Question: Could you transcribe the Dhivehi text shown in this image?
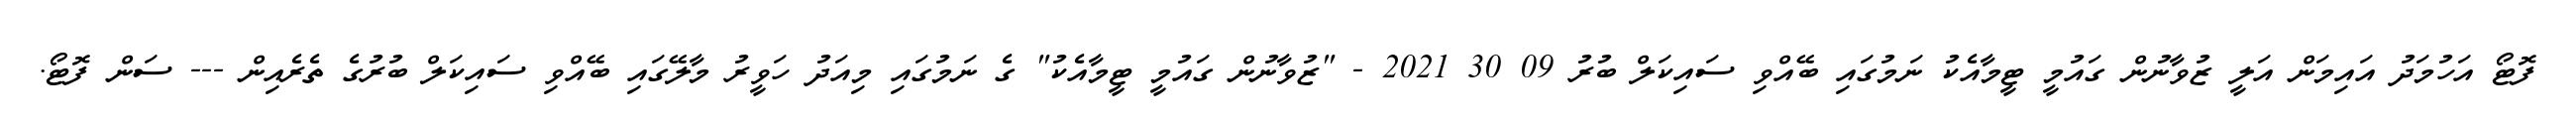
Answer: ފޮޓޯ އަހުމަދު އައިމަން އަލީ ޒުވާނުން ގައުމީ ޓީމާއެކު ނަމުގައި ބޭއްވި ސައިކަލް ބުރު 09 30 2021 - "ޒުވާނުން ގައުމީ ޓީމާއެކު" ގެ ނަމުގައި މިއަދު ހަވީރު މާލޭގައި ބޭއްވި ސައިކަލް ބުރުގެ ތެރެއިން --- ސަން ފޮޓޯ.